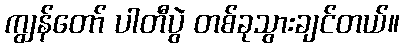
ကျွန်တော် ပါတီပွဲ တစ်ခုသွားချင်တယ်။